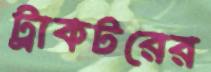
ট্রাকটরের